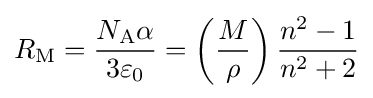
R_{\mathrm {M} }={\frac {N_{\mathrm {A} }\alpha }{3\varepsilon _{0}}}=\left({\frac {M}{\rho }}\right){\frac {n^{2}-1}{n^{2}+2}}